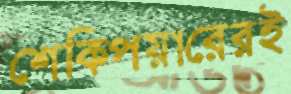
শেকিপয়ারেরই